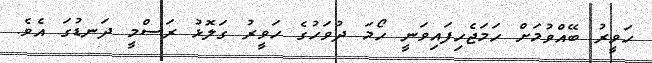
ހަވީރު ބޭއްވުމަށް ހަމަޖެހިފައިވަނީ ހޯމަ ދުވަހުގެ ހަވީރު ގަލޮޅު ރަސްމީ ދަނޑުގަ އެވެ.